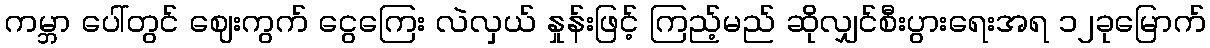
ကမ္ဘာ ပေါ်တွင် ဈေးကွက် ငွေကြေး လဲလှယ် နှုန်းဖြင့် ကြည့်မည် ဆိုလျှင်စီးပွားရေးအရ ၁၂ခုမြောက်